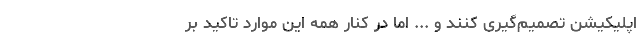
اپلیکیشن تصمیم‌گیری کنند و ... اما در کنار همه این موارد تاکید بر